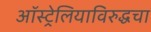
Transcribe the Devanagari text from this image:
ऑस्ट्रेलियाविरुद्धचा